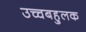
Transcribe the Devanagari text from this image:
उच्चबहुलक